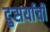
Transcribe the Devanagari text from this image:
दुसर्याची